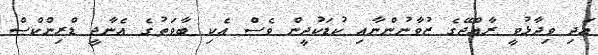
އަދި ވިދާޅުވީ ރާއްޖޭގެ ޒުވާނުންނާއި ކުޑަކުދީން ވެސް އެކި ބާވަތުގެ އެނާޖީ ޑްރިންކްސް